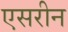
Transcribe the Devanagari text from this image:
एसरीन